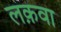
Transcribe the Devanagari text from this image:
लक़वा